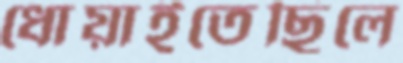
ধোয়াইতেছিলে